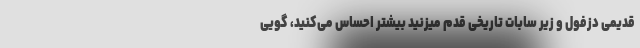
قدیمی دزفول و زیر سابات تاریخی قدم میزنید بیشتر احساس می‌کنید، گویی